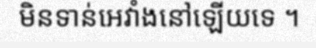
មិនទាន់អេវាំងនៅឡើយទេ ។